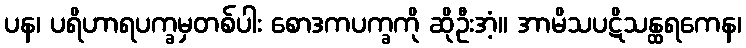
ပန၊ ပရိဟာရပက္ခမှတစ်ပါး စောဒကပက္ခကို ဆိုဦးအံ့။ အာမိသပဋိသန္ထရကေန၊